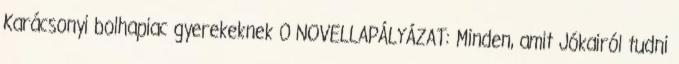
Karácsonyi bolhapiac gyerekeknek 0 NOVELLAPÁLYÁZAT: Minden, amit Jókairól tudni